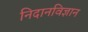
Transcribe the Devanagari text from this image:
निदानविज्ञान